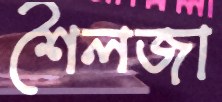
শৈলজা